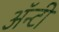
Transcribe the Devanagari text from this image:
ॲन्टी